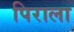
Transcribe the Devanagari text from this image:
पिराला